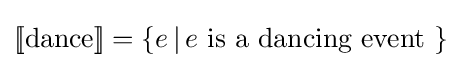
[\![{\text{dance}}]\!]=\{e\,|\,e{\text{ is a dancing event }}\}